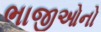
ભાજીઓનો